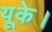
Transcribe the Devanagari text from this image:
यूके।